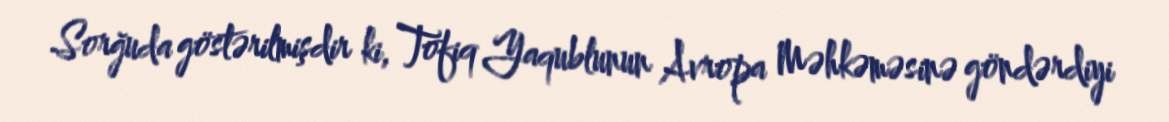
Sorğuda göstərilmişdir ki, Tofiq Yaqublunun Avropa Məhkəməsinə göndərdiyi